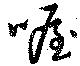
喔